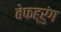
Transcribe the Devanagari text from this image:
बेफह्रुंग